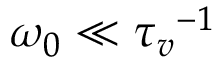
\omega _ { 0 } \ll { \tau _ { v } } ^ { - 1 }